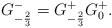
LaTeX: \begin{align*}G_{-{2\over3}}^-= G_{-{2\over3}}^+ {G_{0}^+}.\end{align*}